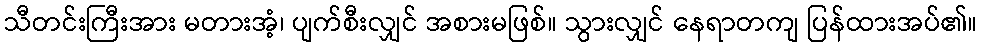
သီတင်းကြီးအား မတားအံ့၊ ပျက်စီးလျှင် အစားမဖြစ်။ သွားလျှင် နေရာတကျ ပြန်ထားအပ်၏။